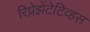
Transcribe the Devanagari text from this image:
रिप्रेझेंटेटिव्हस